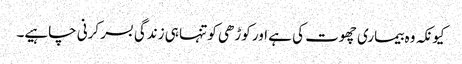
کیونکہ وہ بیماری چھوت کی ہے اور کوڑھی کو تنہا ہی زندگی بسر کرنی چاہیے۔